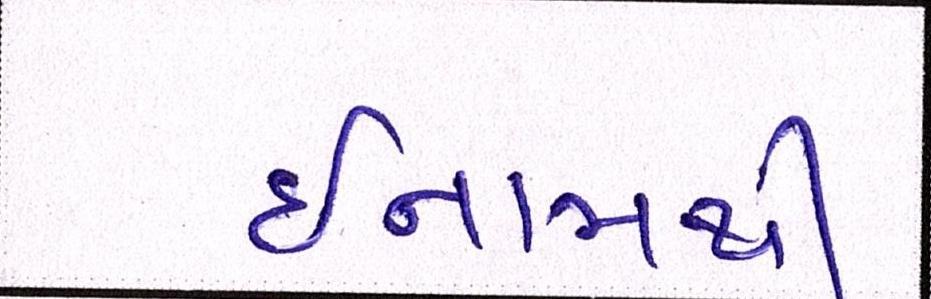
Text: ઈનામથી